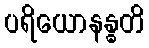
ပရိယောနန္ဓတိ